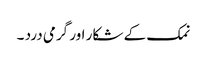
نمک کے شکار اور گرمی درد ۔